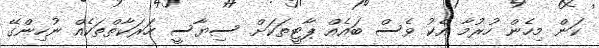
ކަން މިހެން ހުރުމާ އެކު ވެސް ބައެއް ޕާޓީތަކަށް ސިޔާސީ ހަރަކާތްތަކެއް ނުހިންގޭ